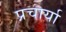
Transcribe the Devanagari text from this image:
प्रचार्या